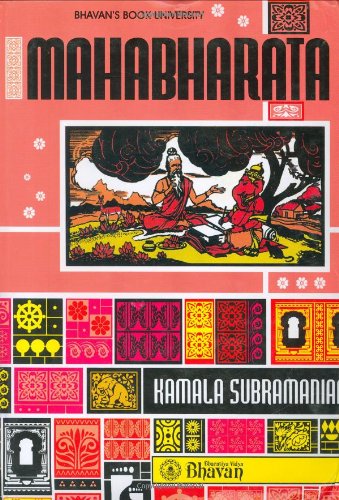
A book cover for Mahabharata; Kamala Subramaniam; Religion & Spirituality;